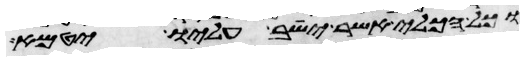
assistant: וכל הכלי אשר ישב עליו יטמא